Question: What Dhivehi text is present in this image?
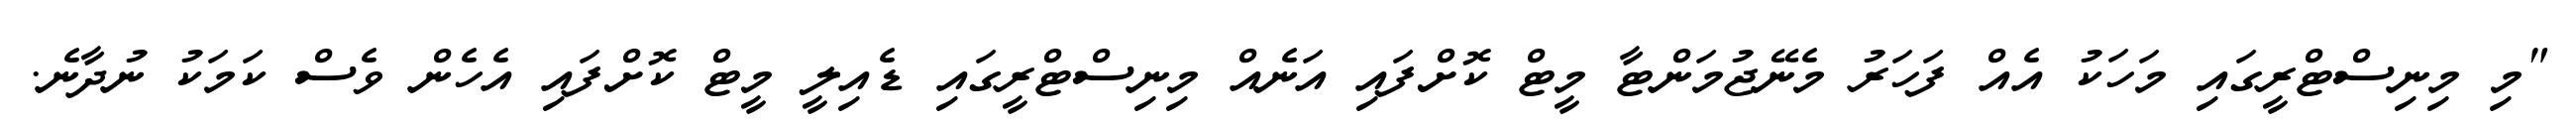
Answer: "މި މިނިސްޓްރީގައި މަހަކު އެއް ފަހަރު މެނޭޖުމަންޓާ މީޓް ކޮށްފައި އަނެއް މިނިސްޓްރީގައި ޑެއިލީ މީޓް ކޮށްފައި އެހެން ވެސް ކަމަކު ނުދާނެ.